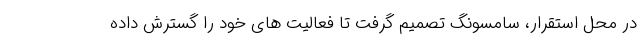
در محل استقرار، سامسونگ تصمیم گرفت تا فعالیت های خود را گسترش داده